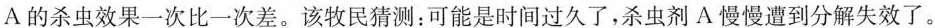
A的杀虫效果一次比一次差。该牧民猜测：可能是时间过久了，杀虫剂A慢慢遭到分解失效了。